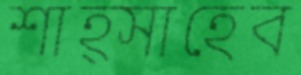
শাহ্সাহেব